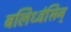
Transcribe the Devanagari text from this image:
बलिध्वंसिन्